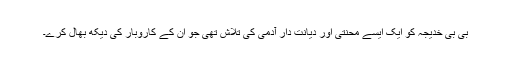
بی بی خدیجہ کو ایک ایسے محنتی اور دیانت دار آدمی کی تلاش تھی جو ان کے کاروبار کی دیکھ بھال کرے۔